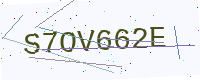
Text: S7OV662E